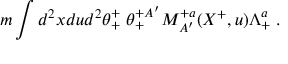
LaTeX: m \int d ^ { 2 } x d u d ^ { 2 } \theta _ { + } ^ { + } \; \theta _ { + } ^ { + A ^ { \prime } } M _ { A ^ { \prime } } ^ { + a } ( X ^ { + } , u ) \Lambda _ { + } ^ { a } \; .